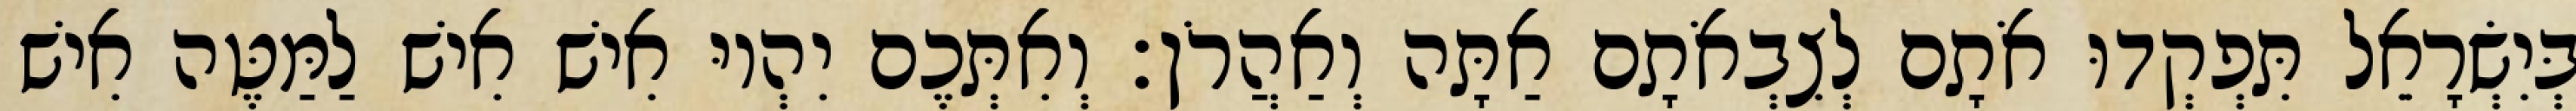
בְּיִשְׂרָאֵל תִּפְקְדוּ אֹתָם לְצִבְאֹתָם אַתָּה וְאַהֲרֹן׃ וְאִתְּכֶם יִהְיוּ אִישׁ אִישׁ לַמַּטֶּה אִישׁ